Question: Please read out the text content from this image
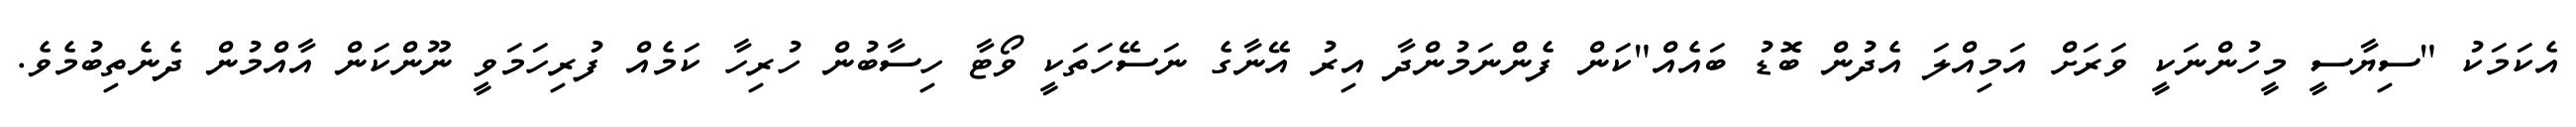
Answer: އެކަމަކު "ސިޔާސީ މީހުންނަކީ ވަރަށް އަމިއްލަ އެދުން ބޮޑު ބައެއް"ކަން ފެންނަމުންދާ އިރު އޭނާގެ ނަސޭހަތަކީ ވޯޓާ ހިސާބުން ހުރިހާ ކަމެއް ފުރިހަމަވީ ނޫންކަން އާއްމުން ދެނެތިބުމެވެ.